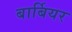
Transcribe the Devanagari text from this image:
बार्बियर